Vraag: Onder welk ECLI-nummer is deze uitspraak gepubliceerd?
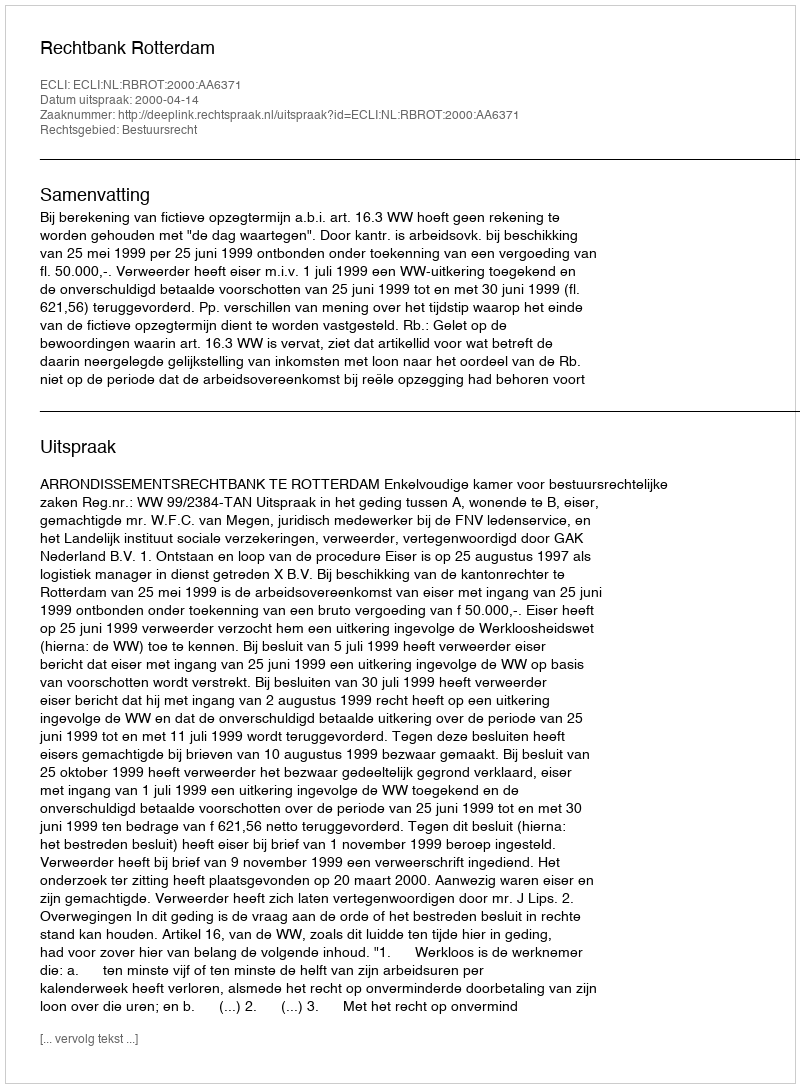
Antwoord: ECLI:NL:RBROT:2000:AA6371